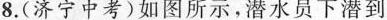
8.(济宁中考)如图所示，潜水员下潜到